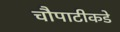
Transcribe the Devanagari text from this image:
चौपाटीकडे